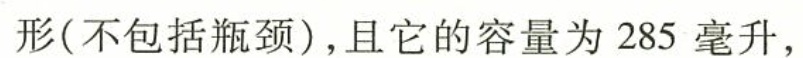
形(不包括瓶颈),且它的容量为 285 毫升，